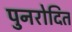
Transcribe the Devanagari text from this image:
पुनरोदित